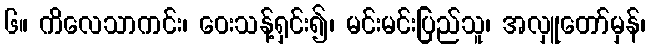
၆။ ကိလေသာကင်း၊ ဝေးသန့်ရှင်း၍၊ မင်းမင်းပြည်သူ၊ အလှူတော်မှန်၊